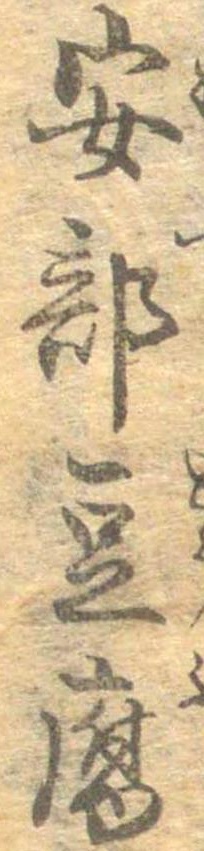
安部豆腐